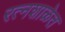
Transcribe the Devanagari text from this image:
रत्नशाळेत